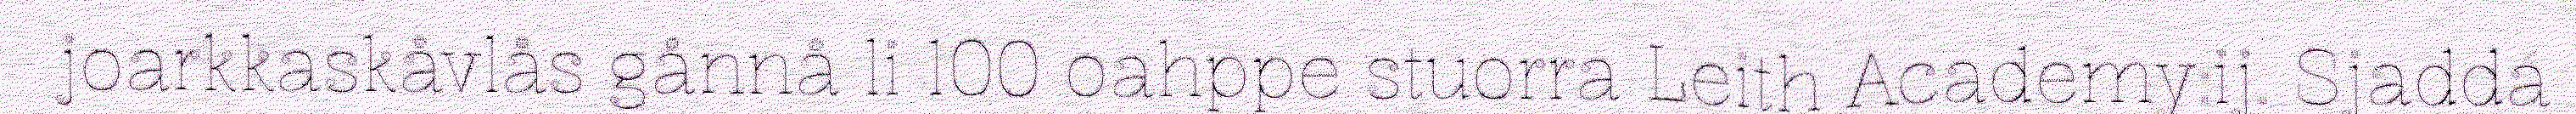
joarkkaskåvlås gånnå li 100 oahppe stuorra Leith Academy:ij. Sjaddá